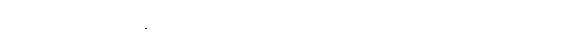
မြတ်စွာဘုရားသာသနာတော်၌။ ယုတ္တံဝါသမယံ၊ သင့်မြတ်သောအခွင့်ကိုလည်းကောင်း။